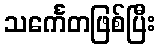
သင်္ကေတဖြစ်ပြီး